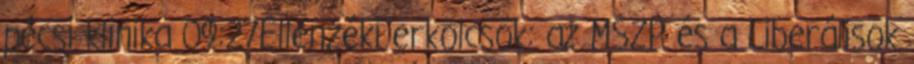
pécsi klinika 09:27Ellenzéki erkölcsök: az MSZP és a Liberálisok